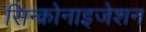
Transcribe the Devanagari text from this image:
सिन्क्रोनाइजेशन